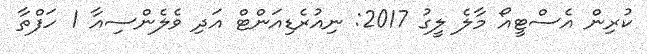
ކުރިން އެސްޓީއޯ މާލެ ލީގު 2017: ނިއުރެޑިއަންޓް އަދި ވެލެންސިއާ 1 ހަފްތާ